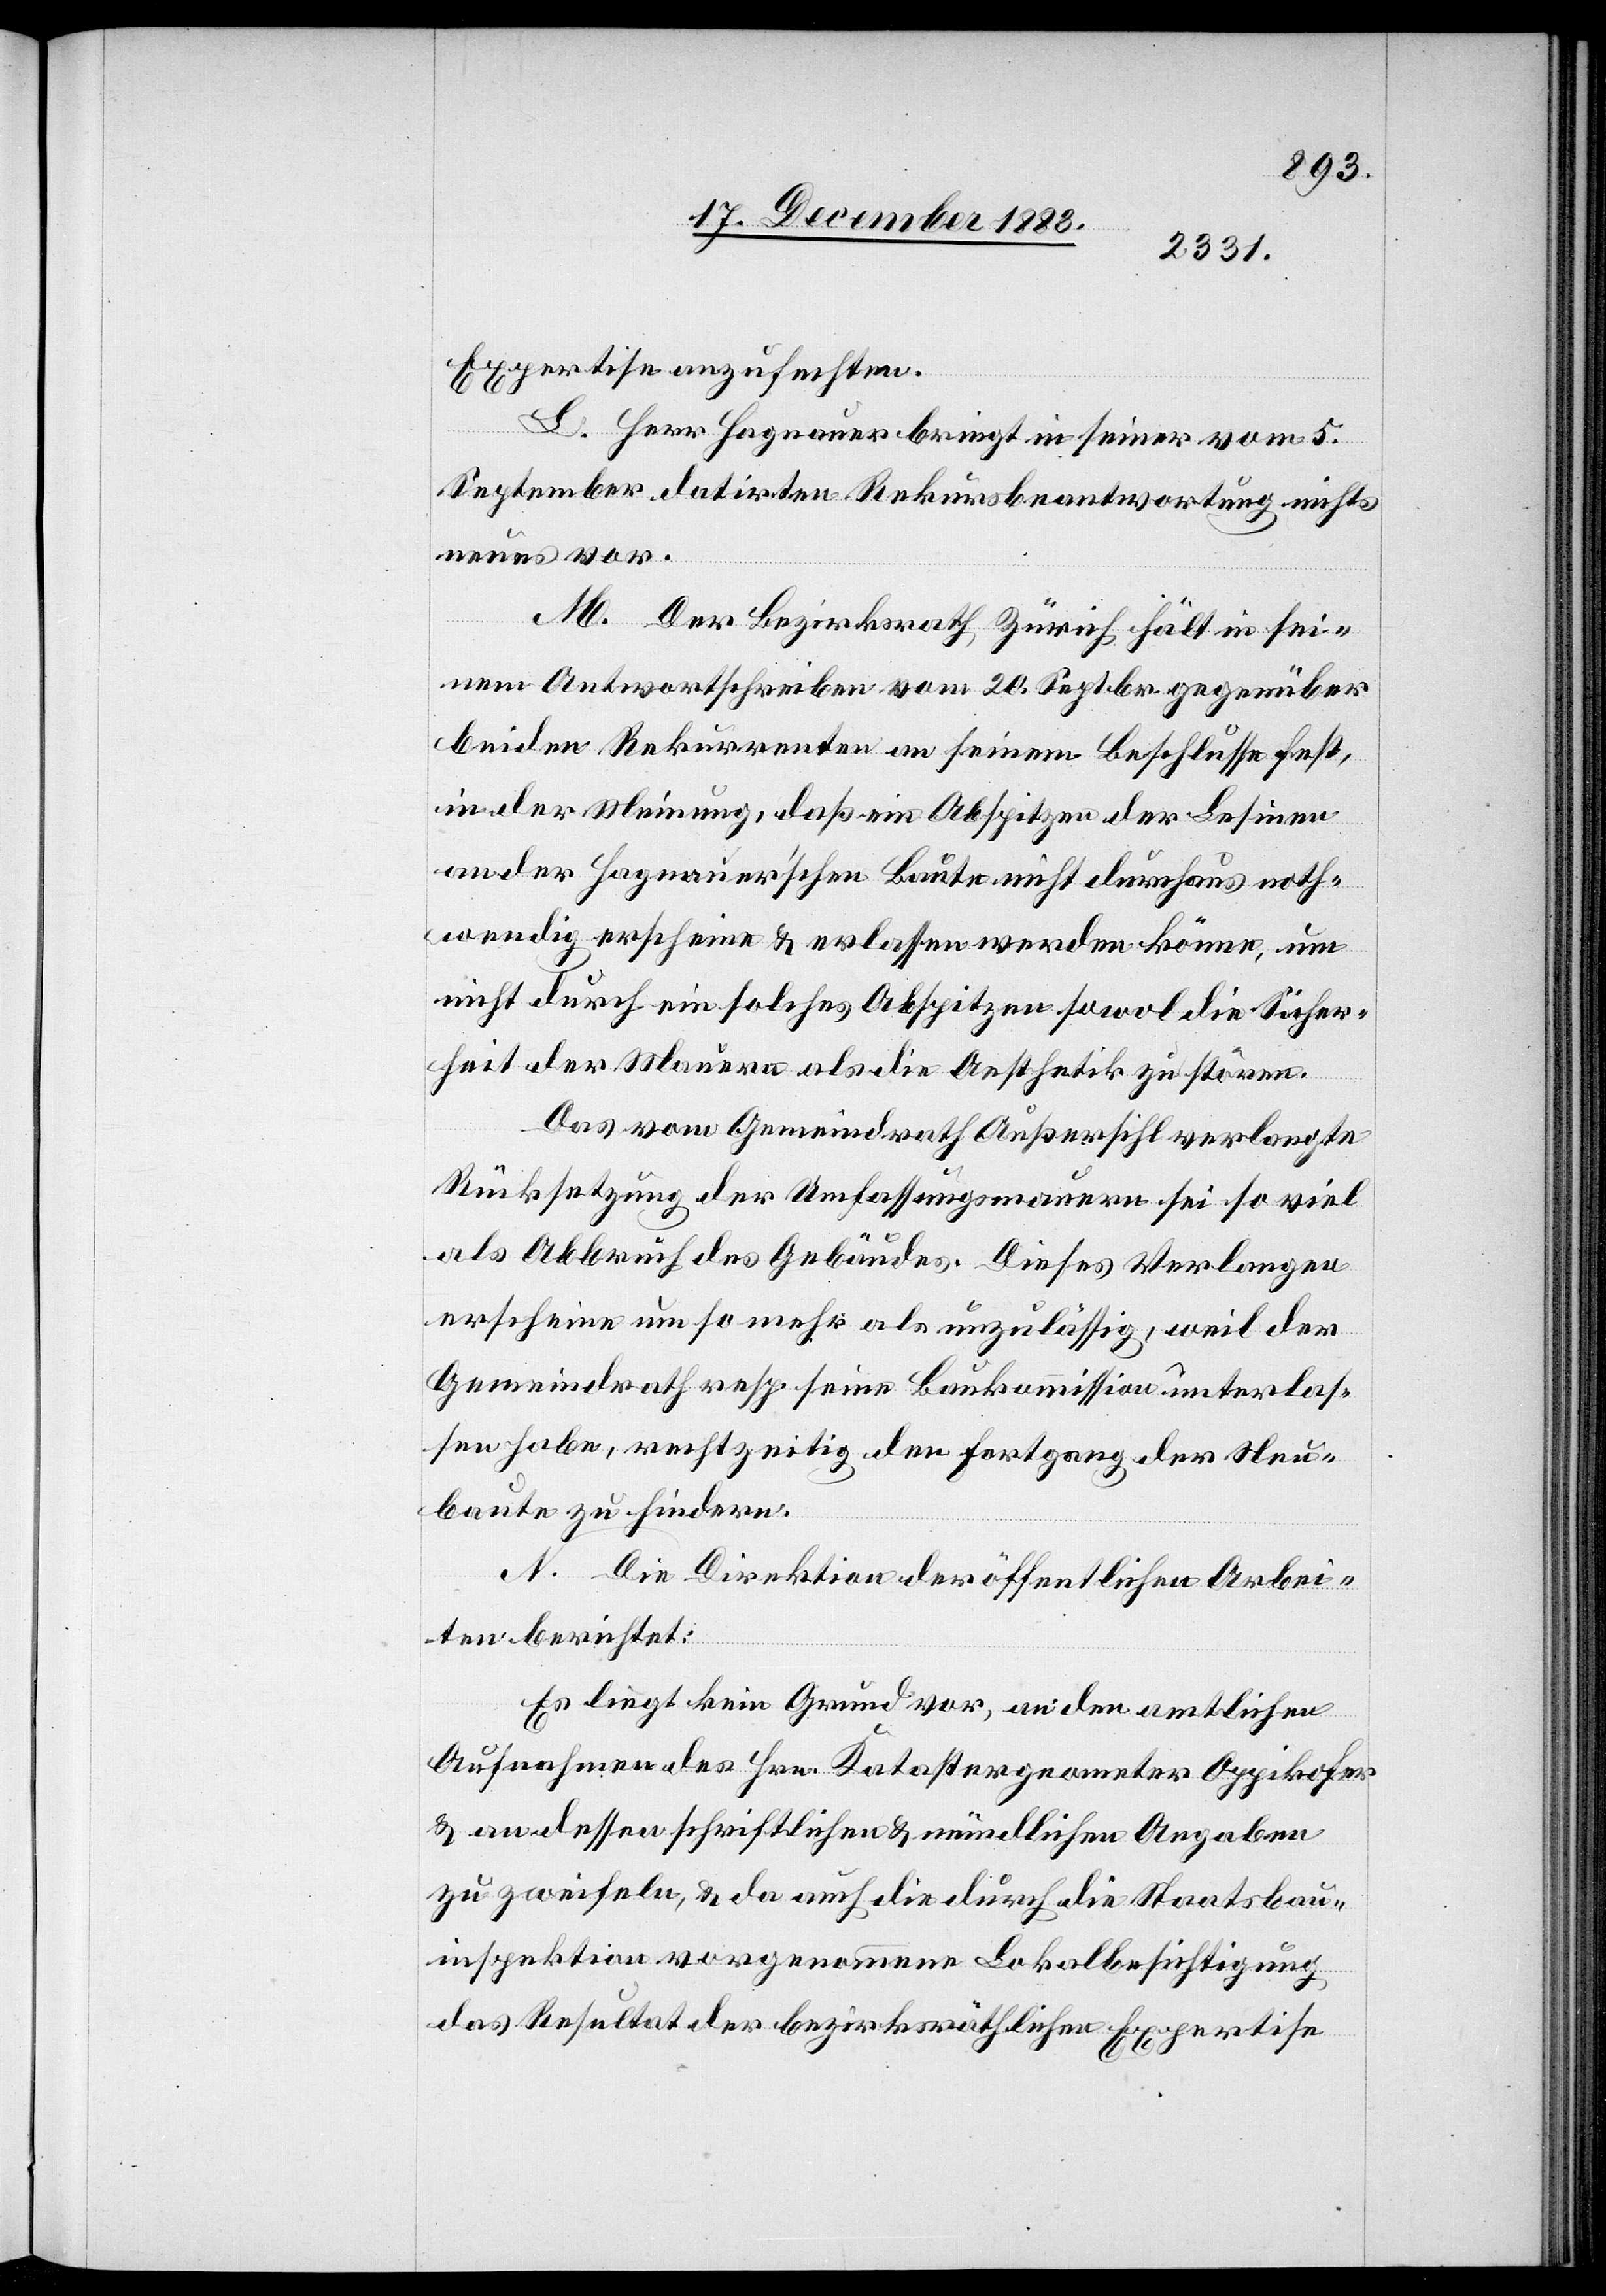
Expertise anzufechten.
L. Herr Hagnauer bringt in seiner vom 5.
September datirten Rekursbeantwortung nichts
vor.
M. Der Bezirksrath, Zürich hält in sei¬
nem Antwortschreiben vom 20. Septbr. gegenüber
beiden Rekurrenten an seinem Beschlusse fest,
in der Meinung, daß ein Abspitzen der Lesinen
an der Hagnauer’schen Baute nicht durchaus noth¬
wendig erscheine & erlassen werden könne, um
nicht durch ein solches Abspitzen sowol die Sicher¬
heit der Mauern als die Aesthetik zu stören.
Die] vom Gemeindrath Außersihl verlangte
Rücksetzung der Umfassungsmauern sei so viel
als Abbruch des Gebäudes. Dieses Verlangen
erschiene um so mehr als unzulässig, weil der
Gemeindrath resp. seine Baukommission unterlas¬
sen habe rechtzeitig den Fortgang der Neu¬
baute zu hindern.
N. Die Direktion der öffentlichen Arbei¬
ten berichtet:
Es liegt kein Grund vor, an den amtlichen
Aufnahmen des Hrn. Katastergeometer Oppikofer
& an dessen schriftlichen & mündlichen Angaben
zu zweifeln, & da auch die durch die Staatsbau¬
inspektion vorgenommene Lokalbesichtigung
das Resultat der bezirksräthlichen Expertise